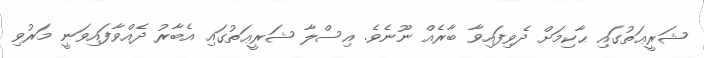
ޝަރީޢަތުގައި ޙާކިމަށް ދެވިފައިވާ ބާރެއް ނޫނެވެ. އިސްލާ ޝަރީޢަތުގައި އެބާރު ދެއްވާފައިވަނީ މަރުވި